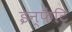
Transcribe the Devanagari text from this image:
इन्फैंट्रि